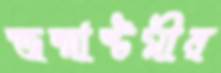
জন্মাষ্টমীর